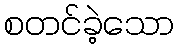
စတင်ခဲ့သော